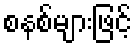
စနစ်များဖြင့်